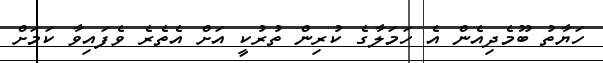
ހަޔާތު ބޫމެދިއެން އެ ހަމަލާގެ ކުރިން ތުރުކީ އަށް އެތެރެ ވެފައިވާ ކަމަށް